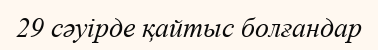
29 сәуірде қайтыс болғандар